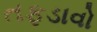
તફડાવો